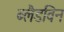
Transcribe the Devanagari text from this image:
ब्लैडविन